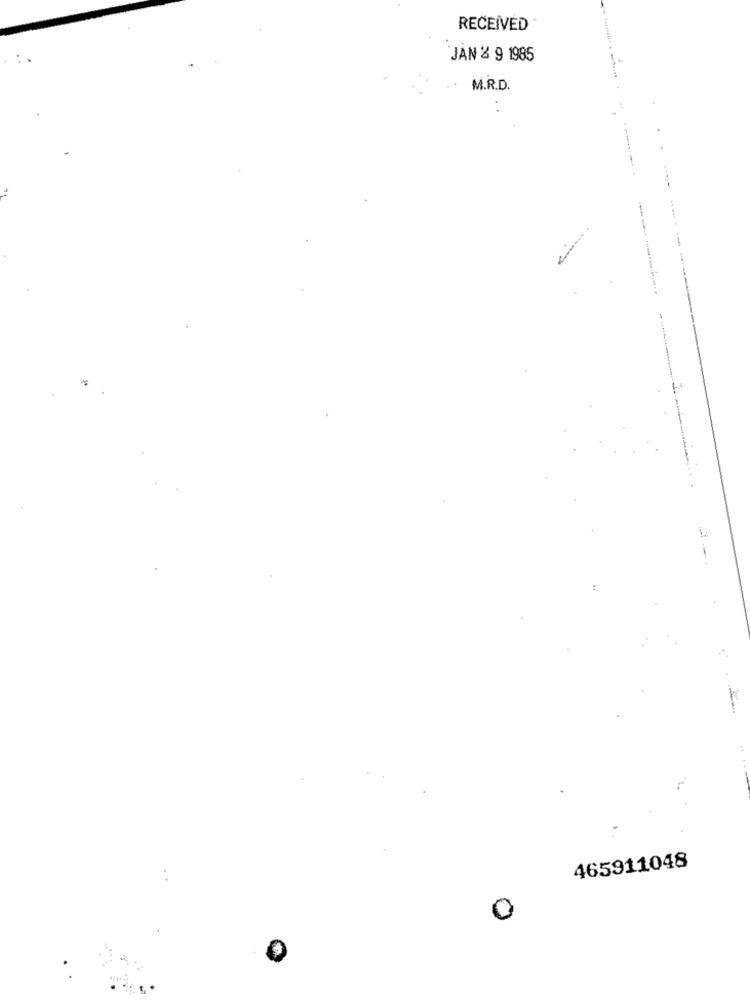
RECEIVED
JAN 2 9 1985
M.R.D.
465911048
0